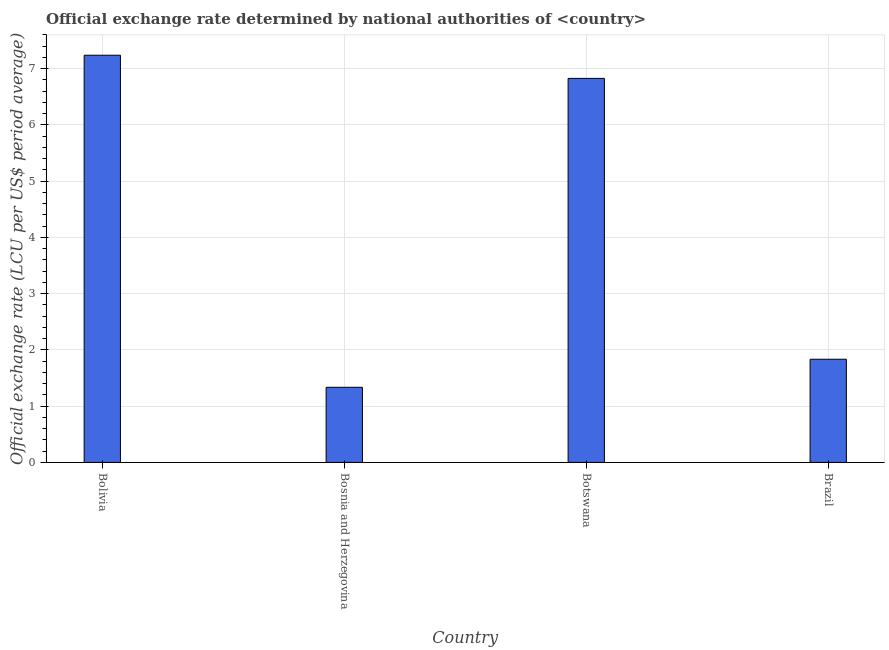
| Country | Official exchange rate |
 | --- | --- |
 | Bolivia | 7.24 |
 | Bosnia and Herzegovina | 1.34 |
 | Botswana | 6.83 |
 | Brazil | 1.83 |